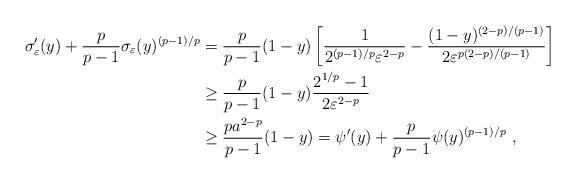
LaTeX: \begin{align*}\sigma_\varepsilon'(y) + \frac{p}{p-1} \sigma_\varepsilon(y)^{(p-1)/p} & = \frac{p}{p-1} (1-y) \left[ \frac{1}{2^{(p-1)/p} \varepsilon^{2-p}} - \frac{(1-y)^{(2-p)/(p-1)}}{2 \varepsilon^{p(2-p)/(p-1)}} \right] \\& \ge \frac{p}{p-1} (1-y) \frac{2^{1/p} - 1}{2 \varepsilon^{2-p}} \\& \ge \frac{p a^{2-p}}{p-1} (1-y) = \psi'(y) + \frac{p}{p-1} \psi(y)^{(p-1)/p}\ ,\end{align*}